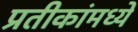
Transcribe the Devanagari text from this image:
प्रतीकांमध्ये